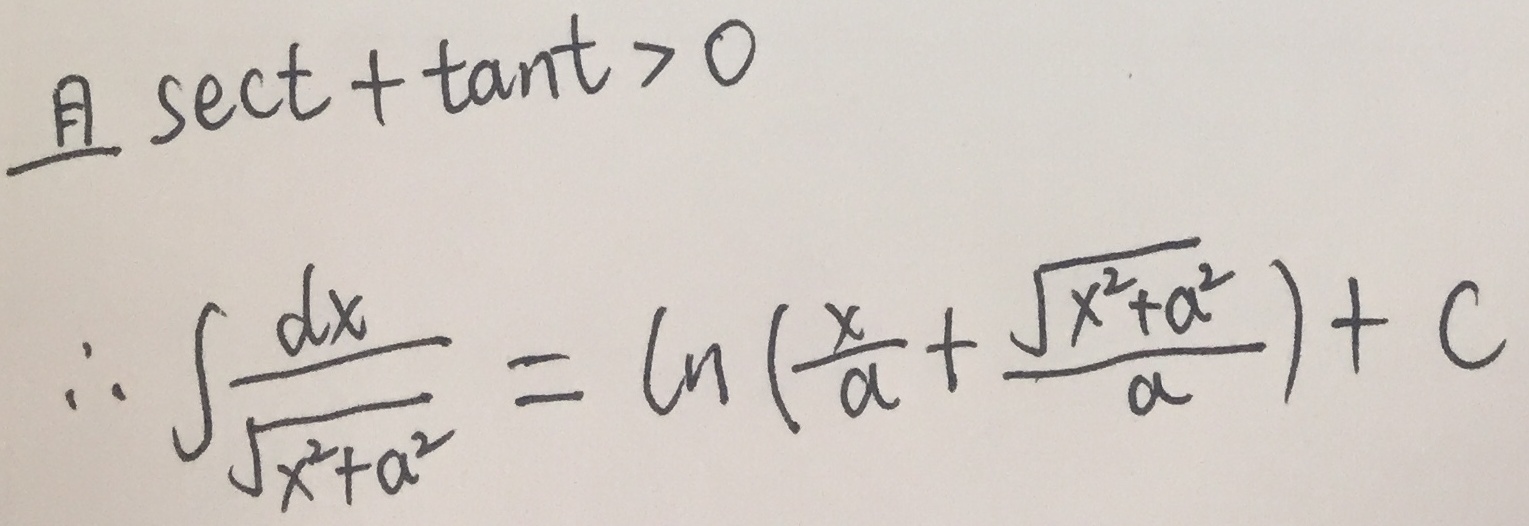
且\(\sec t + \tan t > 0\)
\(\therefore \int\frac{dx}{\sqrt{x^{2}+a^{2}}}=\ln\left(\frac{x}{a}+\frac{\sqrt{x^{2}+a^{2}}}{a}\right)+C\)